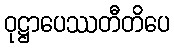
ဝုဋ္ဌာပေဿတီတိပေ